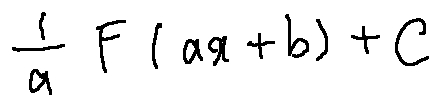
\frac { 1 } { a } F ( a x + b ) + C